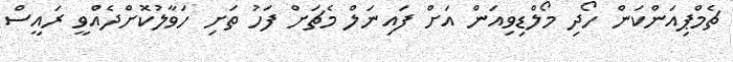
ޗެމްޕިއަންކަން ހޯދި މޯލްޑިވިއަން އަށް ފައިނަލް މެޗަށް ފަހު ތަށި ހަވާލުކޮށްދެއްވީ ރައީސް